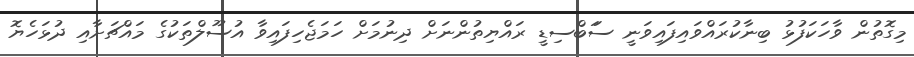
މިގޮތުން ވާހަކަފުޅު ބިނާކުރައްވައިފައިވަނީ ސަަބްސިޑީ ރައްޔިތުންނަށް ދިނުމަށް ހަމަޖެހިފައިވާ އުސޫލްތަކުގެ މައްޗަށާއި ދުޅަހެޔޮ